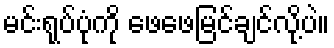
မင်းရုပ်ပုံကို ဖေဖေမြင်ချင်လို့ပဲ။